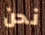
نحن